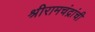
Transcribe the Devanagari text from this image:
श्रीरामचंद्रांची